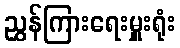
ညွှန်ကြားရေးမှူးရုံး